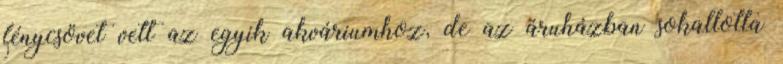
fénycsövet vett az egyik akváriumhoz, de az áruházban sokallotta